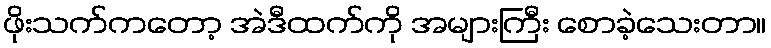
ဖိုးသက်ကတော့ အဲဒီထက်ကို အများကြီး စောခဲ့သေးတာ။